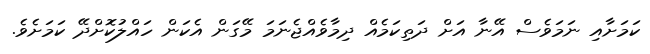
ކަމަށާއި ނަމަވެސް އޭނާ އަށް ދަތިކަމެއް ދިމާވެއްޖެނަމަ މޭގަން އެކަން ހައްލުކޮށްދޭ ކަމަށެވެ.